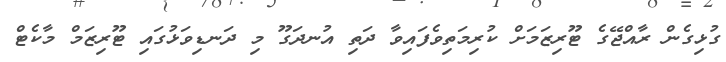
ގުޅިގެން ރާއްޖޭގެ ޓޫރިޒަމަށް ކުރިމަތިވެފައިވާ ދަތި އުނދަގޫ މި ދަނޑިވަޅުގައި ޓޫރިޒަމް މާކެޓް